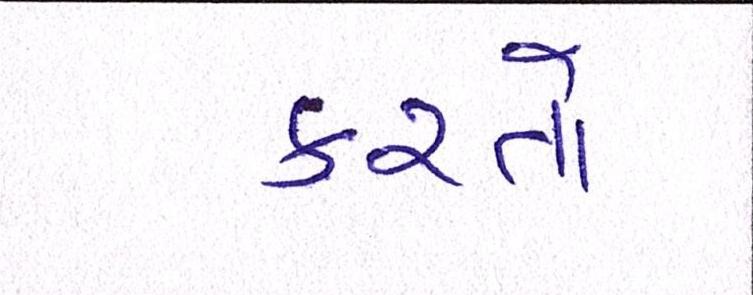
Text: કરતો